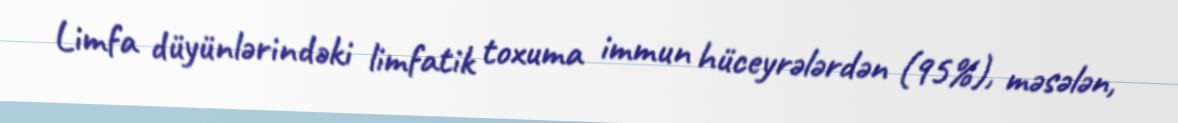
Limfa düyünlərindəki limfatik toxuma immun hüceyrələrdən (95%), məsələn,